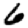
Digit: 6